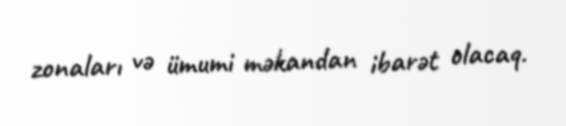
zonaları və ümumi məkandan ibarət olacaq.